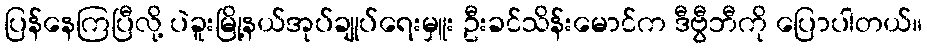
ပြန်နေကြပြီလို့ ပဲခူးမြို့နယ်အုပ်ချုပ်ရေးမှူး ဦးခင်သိန်းမောင်က ဒီဗွီဘီကို ပြောပါတယ်။